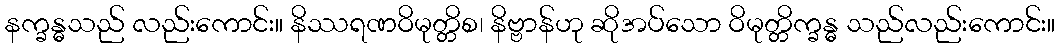
နက္ခန္ဓသည် လည်းကောင်း။ နိဿရဏဝိမုတ္တိစ၊ နိဗ္ဗာန်ဟု ဆိုအပ်သော ဝိမုတ္တိက္ခန္ဓ သည်လည်းကောင်း။